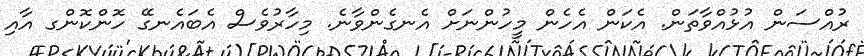
ރުއްސަން އުޅުއްވާތަން. އެކަން އެހެން މީހުންނަށް އެނގެންވާނެ. މިހާރުވެސް އެބައެނގޭ ހޮންކޮންގ އާއި